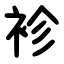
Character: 袗